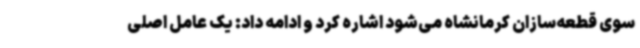
سوی قطعه‌سازان کرمانشاه می‌شود اشاره کرد و ادامه داد: یک عامل اصلی